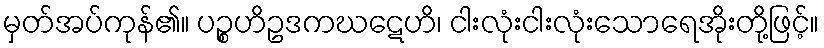
မှတ်အပ်ကုန်၏။ ပဉ္စဟိဥဒကဃဋေဟိ၊ ငါးလုံးငါးလုံးသောရေအိုးတို့ဖြင့်။